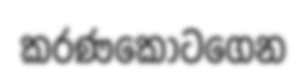
කරණකොටගෙන